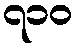
၇၁၀